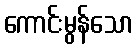
ကောင်းမွန်သော